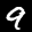
Label: 9